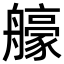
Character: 𦪳